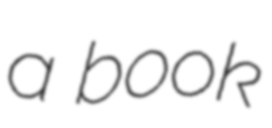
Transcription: a book